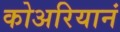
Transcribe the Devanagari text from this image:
कोअरियानं